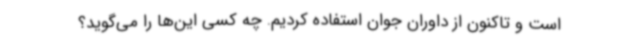
است و تاکنون از داوران جوان استفاده کردیم. چه کسی این‌ها را می‌گوید؟